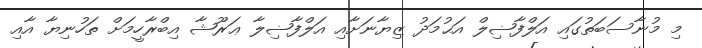
މި މުނާސަބަތުގައި އަލްފާޟިލް އަޙުމަދު ޒިޔާނަށާއި އަލްފާޟިލާ ޢަރޫޝާ އިބްރާހީމަށް ތަހުނިޔާ އާއި